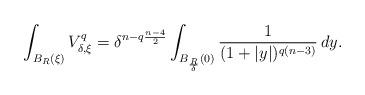
LaTeX: \begin{align*}\int_{B_R(\xi)} V_{\delta,\xi}^q=\delta^{n-q\frac{n-4}{2}}\int_{B_\frac{R}{\delta}(0)} \frac{1}{(1+|y|)^{q(n-3)}}\, dy.\end{align*}